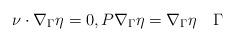
LaTeX: \begin{align*} \nu\cdot\nabla_\Gamma\eta = 0, P\nabla_\Gamma\eta = \nabla_\Gamma\eta \quad\Gamma\end{align*}